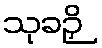
သုခဉှိ